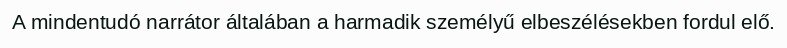
A mindentudó narrátor általában a harmadik személyű elbeszélésekben fordul elő.